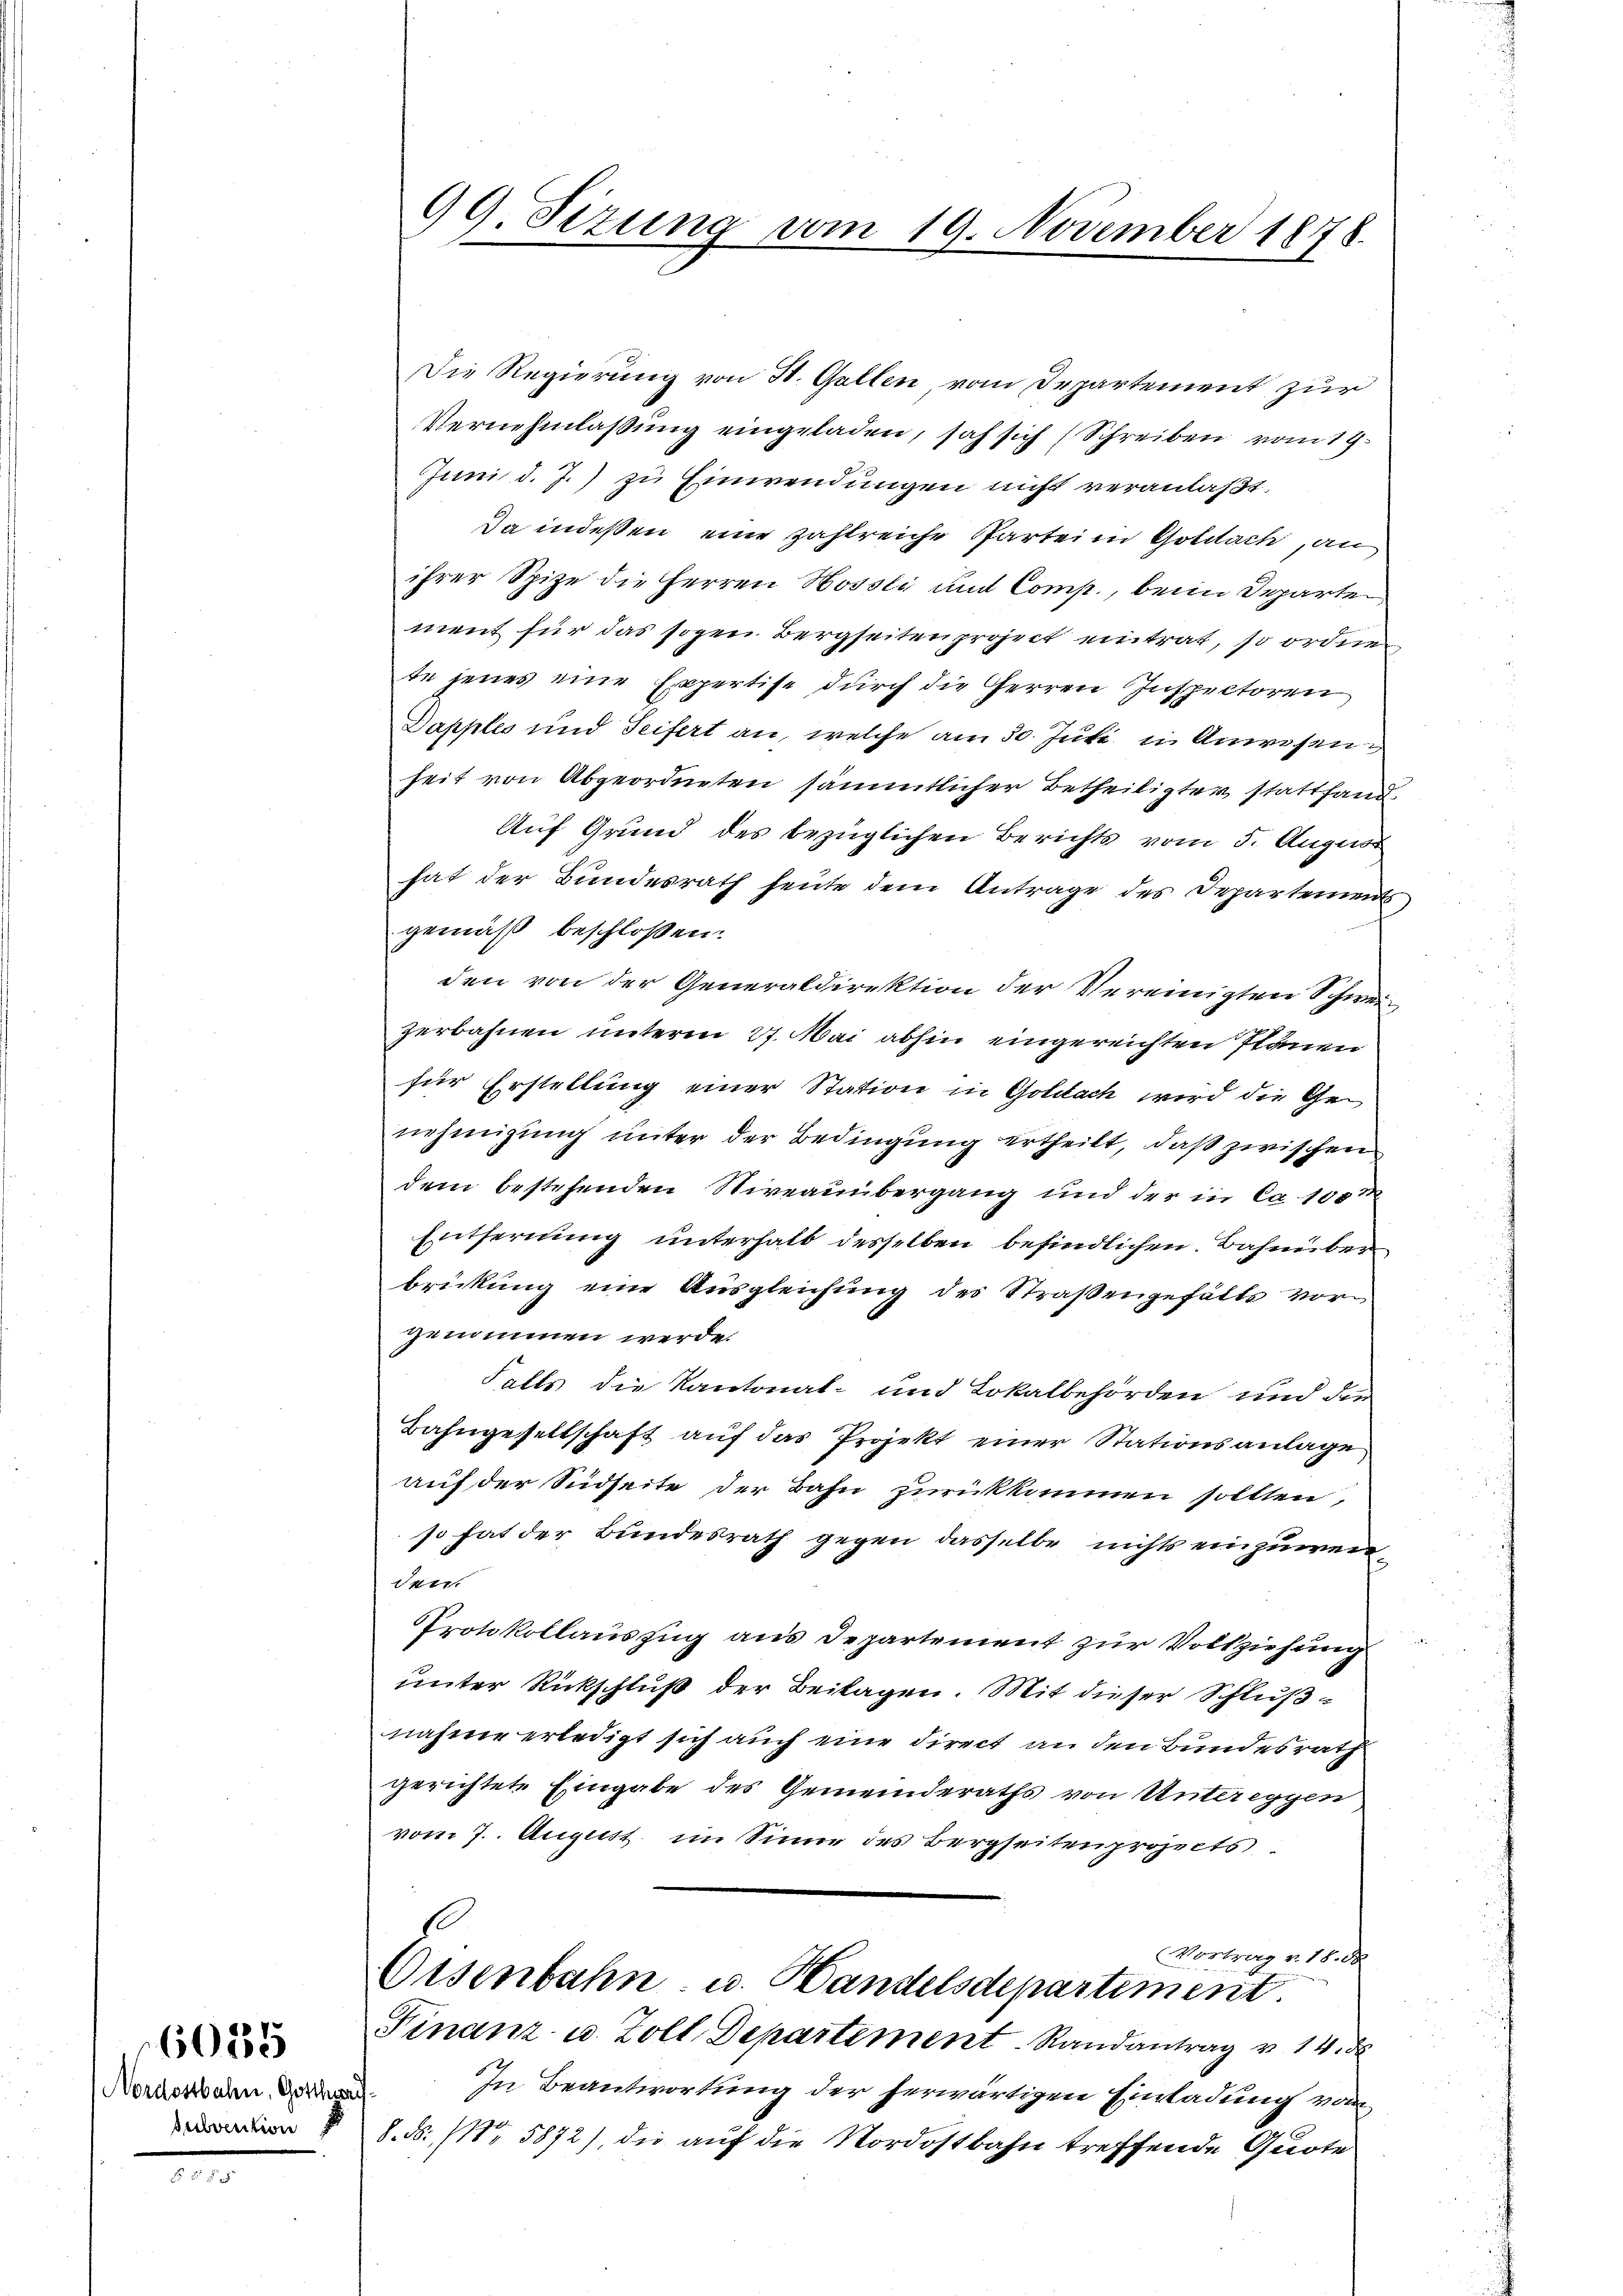
Nordostbahn, Gotthari
subvention

6035

99. Sizung vom 19. November 1878.

Die Regierung von St. Gallen, vom Departement zur
Vernehmlassung eingeladen, sah sich (Schreiben vom 19.
Juni d. J.) zu Einwendungen nicht veranlaßt.
Da indeßen eine zahlreiche Partei in Goldach, an
ihrer Spize die Herren Hossli und Comp., beim Departen
ment für das sogen Bergseiten project eintrat, so ordnen
te jenes eine Expertise durch die Herren Inspectoren
Dapples und Seifert an, welche am 30. Juli in Anwesenheit von Abgeordneten sämmtlicher Betheiligter stattfand¬
Auf Grund des bezüglichen Berichts vom 5. August
hat der Bundesrath heute dem Antrage des Departements
gemäß beschloßen:
den von der Generaldirektion der Vereinigten Schweizerbahnen unterm 27. Mai abhin eingereichten Planen
für Erstellung einer Station in Goldbach wird die Genehmigung unter der Bedingung ertheilt, daß zwischen
dem bestehenden Niveauübergang und der in Ca 100m
Entfernung unterhalb desselben befindlichen Bahnüber
brickung eine Ausgleichung des Straßengehälts vorgenommen werde.
Falls die Kantonal- und Lokalbehörden und die
Bahngesellschaft auf das Projekt einer Stationsanlage
auf der Südseite der Bahn zurückkommen sollten,
so hat der Bundesrath gegen dasselbe nichts einzuweidei
Protokollauszug aus Departement zur Vollziehung
unter Rückschluß der Beilagen. Mit dieser Schlußnahme erledigt sich auch eine direct an den Bundesrath
gerichtete Eingabe des Gemeinderaths von Untereggen
vom 7. August im Sinne des Bergseiten projects
.
Vortrag v. 18. 88
Oisenbahn u. Handelsdepartement.
Finanz u. Zoll Departement Randantrag v. 14. d.
In Beantwortung der herwärtigen Einladung von
.
8. ds. (Nr. 5872), die auf die Nordostbahn treffende Quote